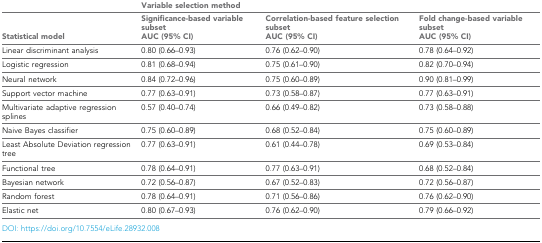
<table><thead><tr><td></td><td colspan="3"><b>Variable selection method</b></td></tr><tr><td><b>Statistical model</b></td><td><b>Significance-based variable subset AUC (95% CI)</b></td><td><b>Correlation-based feature selection subset AUC (95% CI)</b></td><td><b>Fold change-based variable subset AUC (95% CI)</b></td></tr></thead><tbody><tr><td>Linear discriminant analysis</td><td>0.80 (0.66–0.93)</td><td>0.76 (0.62–0.90)</td><td>0.78 (0.64–0.92)</td></tr><tr><td>Logistic regression</td><td>0.81 (0.68–0.94)</td><td>0.75 (0.61–0.90)</td><td>0.82 (0.70–0.94)</td></tr><tr><td>Neural network</td><td>0.84 (0.72–0.96)</td><td>0.75 (0.60–0.89)</td><td>0.90 (0.81–0.99)</td></tr><tr><td>Support vector machine</td><td>0.77 (0.63–0.91)</td><td>0.73 (0.58–0.87)</td><td>0.77 (0.63–0.91)</td></tr><tr><td>Multivariate adaptive regression splines</td><td>0.57 (0.40–0.74)</td><td>0.66 (0.49–0.82)</td><td>0.73 (0.58–0.88)</td></tr><tr><td>Naive Bayes classifier</td><td>0.75 (0.60–0.89)</td><td>0.68 (0.52–0.84)</td><td>0.75 (0.60–0.89)</td></tr><tr><td>Least Absolute Deviation regression tree</td><td>0.77 (0.63–0.91)</td><td>0.61 (0.44–0.78)</td><td>0.69 (0.53–0.84)</td></tr><tr><td>Functional tree</td><td>0.78 (0.64–0.91)</td><td>0.77 (0.63–0.91)</td><td>0.68 (0.52–0.84)</td></tr><tr><td>Bayesian network</td><td>0.72 (0.56–0.87)</td><td>0.67 (0.52–0.83)</td><td>0.72 (0.56–0.87)</td></tr><tr><td>Random forest</td><td>0.78 (0.64–0.91)</td><td>0.71 (0.56–0.86)</td><td>0.76 (0.62–0.90)</td></tr><tr><td>Elastic net</td><td>0.80 (0.67–0.93)</td><td>0.76 (0.62–0.90)</td><td>0.79 (0.66–0.92)</td></tr></tbody></table>